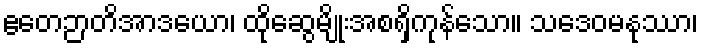
ဧတေဉာတိအာဒယော၊ ထိုဆွေမျိုးအစရှိကုန်သော။ သဒေဝမနုဿာ၊